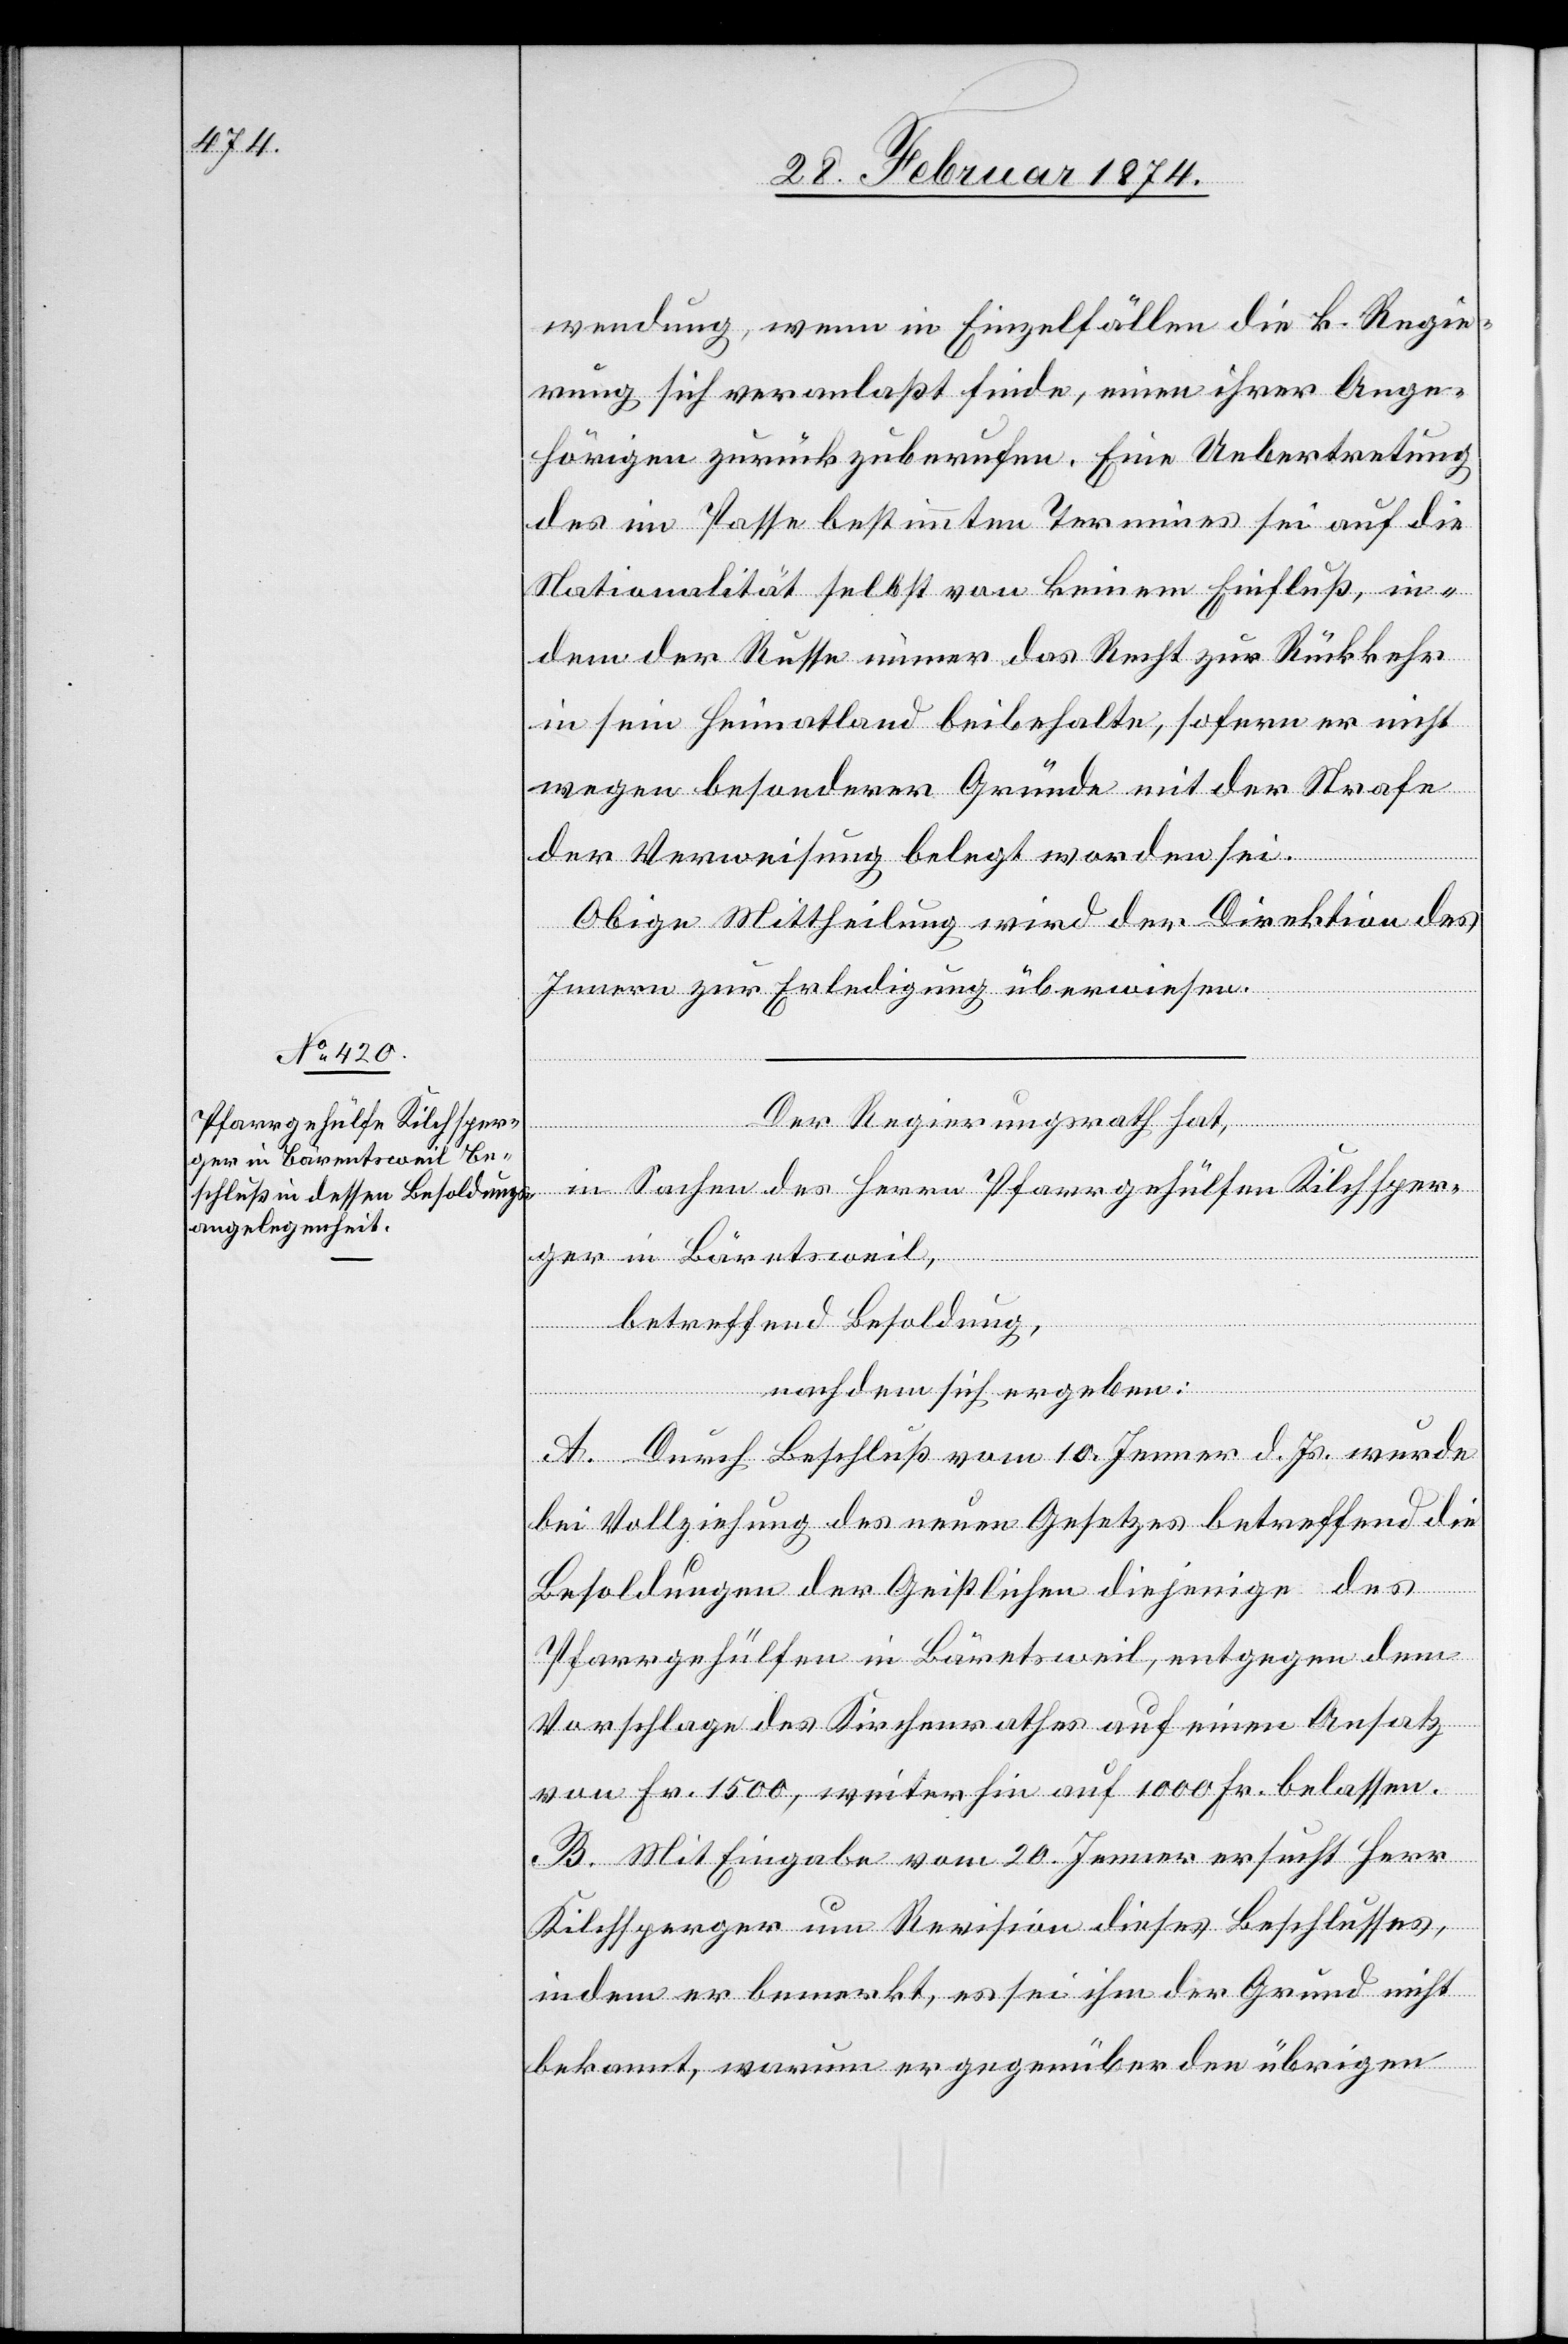
wendung, wenn in Einzelfällen die k. Regie¬
rung sich veranlaßt finde, einen ihrer Ange¬
hörigen zurück zuberufen. Eine Uebertretung
des im Passe bestimmten Termines sei auf die
Nationalität selbst von keinem Einfluß, in¬
dem der Russe immer das Recht zur Rückkehr
in sein Heimatland beibehalte, sofern er nicht
wegen besonderer Gründe mit der Strafe
der Verweisung belegt worden sei.
Obige Mittheilung wird der Direktion des
Innern zur Erledigung überwiesen.
Der Regierungsrath hat,
in Sachen des Herr Pfarrgehülfen Kilchsper¬
ger in Bäretsweil
betreffend Besoldung,
nachdem sich ergeben:
A. Durch Beschluß vom 10. Jenner d. Js. wurde
bei Vollziehung des neuen Gesetzes betreffend die
Besoldungen der Geistlichen diejenige des
Pfarrgehülfen in Bäretsweil, entgegen dem
Vorschlage des Kirchenrathes auf einem Ansatz
von Fr. 1500, weiter hin auf 1000 Fr. belassen.
B. Mit Eingabe vom 20. Jenner ersucht Herr
Kilchsperger um Revision dieses Beschlusses,
indem er bemerkt, es sei ihm der Grund nicht
bekannt, warum er gegenüber den übrigen